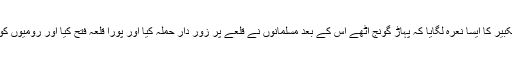
اس پر مسلمانوں نے تکبیر کا ایسا نعرہ لگایا کہ پہاڑ گونج اٹھے اس کے بعد مسلمانوں نے قلعے پر زور دار حملہ کیا اور پورا قلعہ فتح کیا اور رومیوں کو خوب قتل اور قید کیا۔